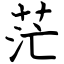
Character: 茫